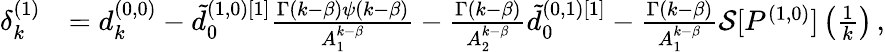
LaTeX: \begin{array}{rl}{\delta_{k}^{(1)}}&{=d_{k}^{(0,0)}-\tilde{d}_{0}^{(1,0)[1]}\frac{\Gamma(k-\beta)\psi(k-\beta)}{A_{1}^{k-\beta}}-\frac{\Gamma(k-\beta)}{A_{2}^{k-\beta}}\tilde{d}_{0}^{(0,1)[1]}-\frac{\Gamma(k-\beta)}{A_{1}^{k-\beta}}\mathcal{S}[P^{(1,0)}]\left(\frac 1k\right)\, ,}\end{array}